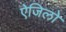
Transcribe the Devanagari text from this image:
ऐजिलो